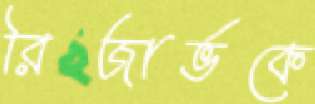
রিজার্ভকে